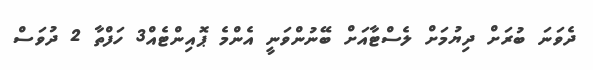
ދެވަނަ ބުރަށް ދިޔުމަށް ލެސްޓާއަށް ބޭނުންވަނީ އެންމެ ޕޮއިންޓެއް3 ހަފްތާ 2 ދުވަސް